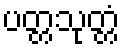
ပတ္တသုတ္တံ